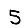
Digit: 5